Indian journal of veterinary science and animal husbandry - Volumes 22-23, 1952-1953
Year: 1952
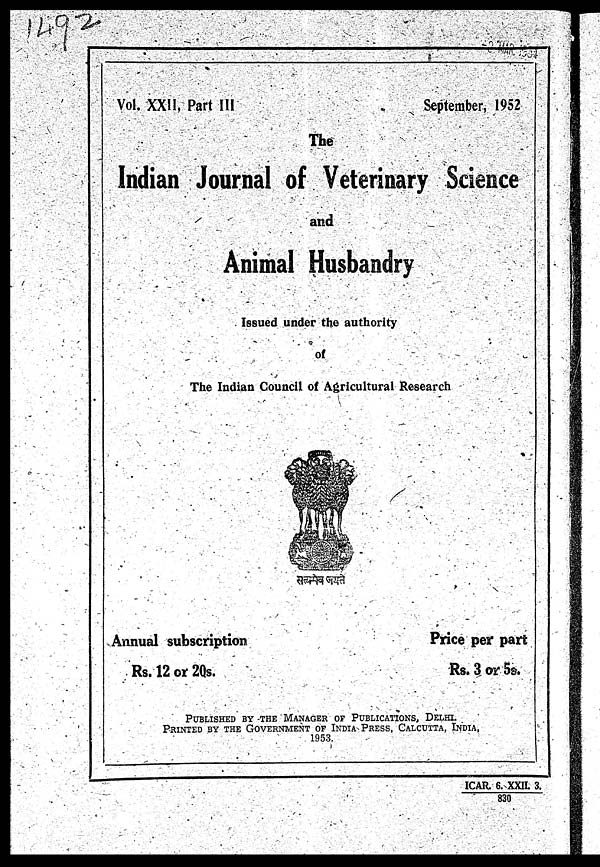
Vol. XXII, Part III
September, 1952
The
Indian Journal of Veterinary Science
and
Animal Husbandry
Issued under the authority
of
The Indian Council of Agricultural Research
Annual subscription
Rs. 12 or 20s.
Price per part
Rs. 3 or 5s.
PUBLISHED BY THE MANAGER OF PUBLICATIONS, DELHI.
PRINTED BY THE GOVERNMENT OF INDIA PRESS, CALCUT
1953.
ICAR. 6. XXII. 3.
830